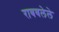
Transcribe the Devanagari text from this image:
राबवलेले